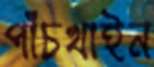
পাঁচখাইন